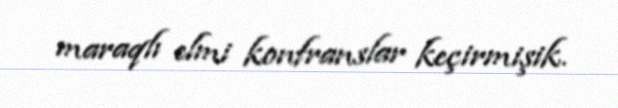
maraqlı elmi konfranslar keçirmişik.